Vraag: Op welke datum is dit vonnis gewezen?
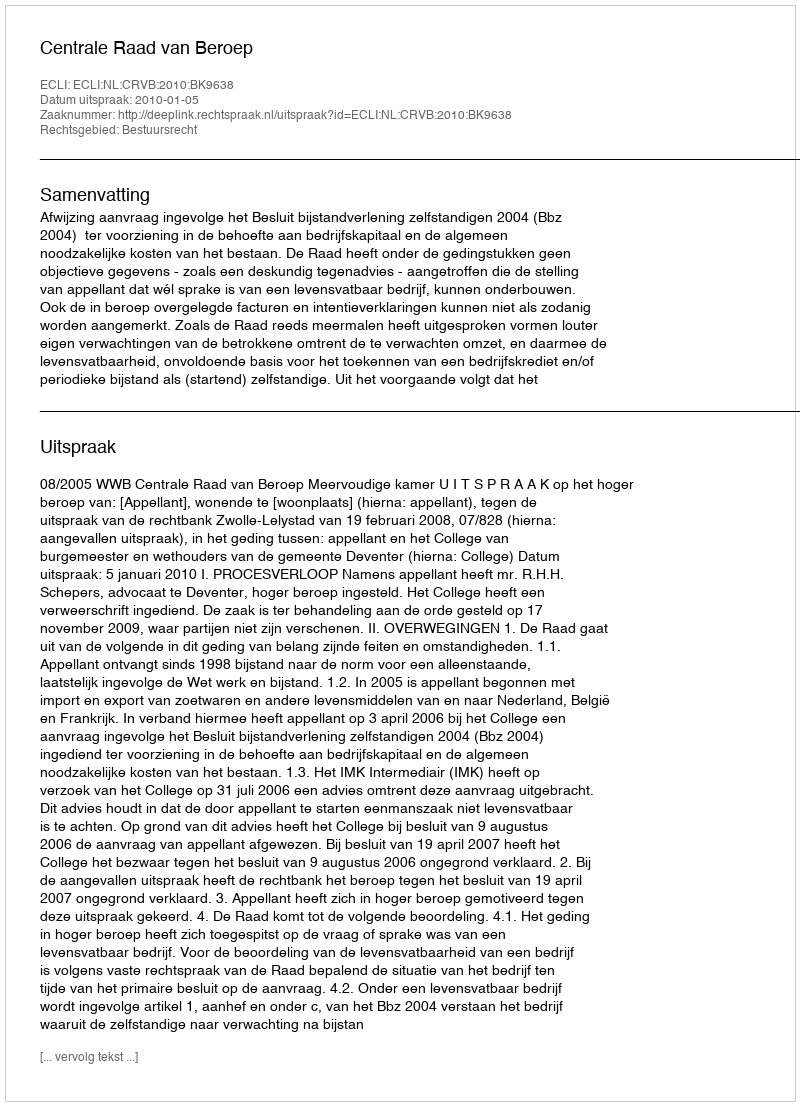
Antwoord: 2010-01-05